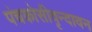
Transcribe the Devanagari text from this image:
पंचकोसीवृन्दावन